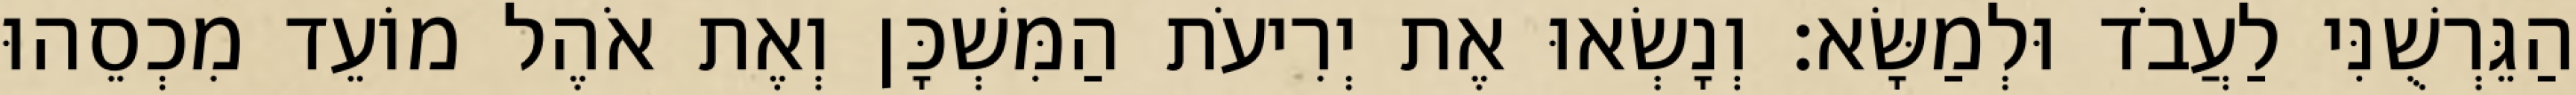
הַגֵּרְשֻׁנִּי לַעֲבֹד וּלְמַשָּׂא׃ וְנָשְׂאוּ אֶת יְרִיעֹת הַמִּשְׁכָּן וְאֶת אֹהֶל מוֹעֵד מִכְסֵהוּ